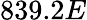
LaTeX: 839.2E